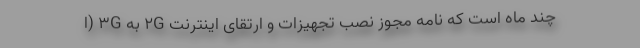
چند ماه است که نامه مجوز نصب تجهیزات و ارتقای اینترنت ۲G به ۳G (ا